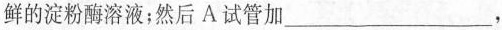
鲜的淀粉酶溶液；然后A试管加___，